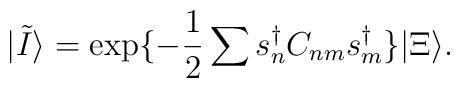
|\tilde{I}\rangle=\exp \{-\frac12\sum s^\dag _nC_{nm}s^\dag_m\}|\Xi\rangle.